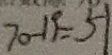
7 0 - 1 9 = 5 1